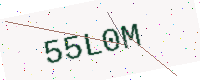
Text: 55L0M